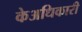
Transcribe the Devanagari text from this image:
केअधिकारी